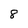
Character: 8